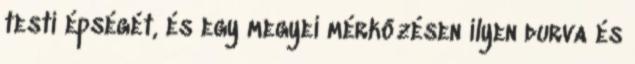
testi épségét, és egy megyei mérkőzésen ilyen durva és